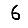
Digit: 6